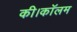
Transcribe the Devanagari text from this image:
की।कॉलम